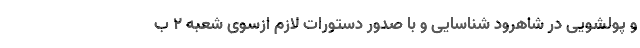
و پولشویی در شاهرود شناسایی و با صدور دستورات لازم ازسوی شعبه ۲ ب